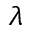
\lambda